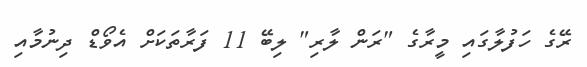
ރޭގެ ހަފުލާގައި މީރާގެ "ރަން ލާރި" ލިބޭ 11 ފަރާތަކަށް އެވޯޑް ދިނުމާއި